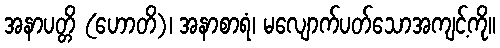
အနာပတ္တိ (ဟောတိ)၊ အနာစာရံ၊ မလျောက်ပတ်သောအကျင့်ကို။